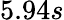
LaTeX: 5.94s